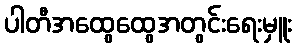
ပါတီအထွေထွေအတွင်းရေးမှူး